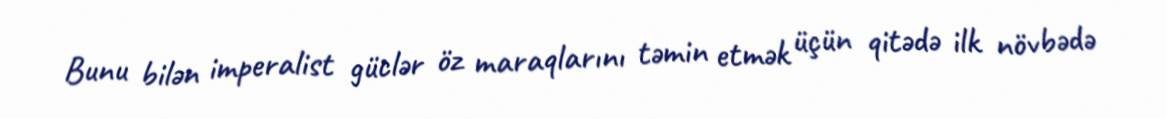
Bunu bilən imperalist güclər öz maraqlarını təmin etmək üçün qitədə ilk növbədə